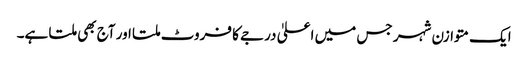
ایک متوازن شہر جس میں اعلیٰ درجے کا فروٹ ملتا اور آج بھی ملتا ہے۔